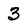
Character: 3